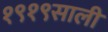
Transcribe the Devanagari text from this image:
१९१९साली